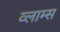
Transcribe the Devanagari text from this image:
व्लाम्स